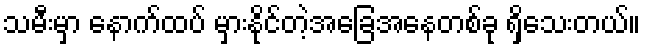
သမီးမှာ နောက်ထပ် မှားနိုင်တဲ့အခြေအနေတစ်ခု ရှိသေးတယ်။